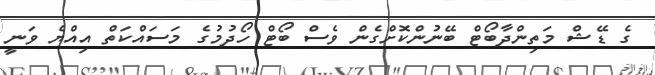
ގެ ޑޭޝް މަތިންދާބޯޓް ބޭނުންކޮށްގެން ވެސް ބޯޓް ހޯދުމުގެ މަސައްކަތް އިއްޔެ ވަނީ